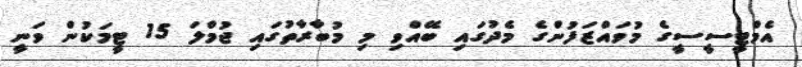
އެމްޓީސީސީގެ މުވައްޒަފުންގެ މެދުގައި ބޭއްވި މި މުބާރާތުގައި ޖުމްލަ 15 ޓީމަކުން ވަނީ